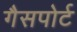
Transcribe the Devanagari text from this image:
गैसपोर्ट